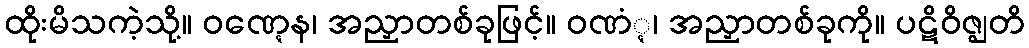
ထိုးမိသကဲ့သို့။ ဝဏ္ဋေန၊ အညှာတစ်ခုဖြင့်။ ဝဏံ္ဋ၊ အညှာတစ်ခုကို။ ပဋိဝိဇ္ဈတိ